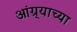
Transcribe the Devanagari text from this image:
आंग्र्याच्या